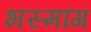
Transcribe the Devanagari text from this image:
भस्मांग